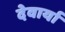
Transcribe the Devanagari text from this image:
देवार्या